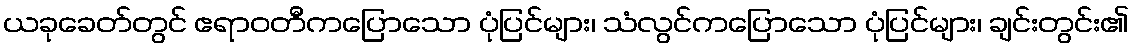
ယခုခေတ်တွင် ဧရာဝတီကပြောသော ပုံပြင်များ၊ သံလွင်ကပြောသော ပုံပြင်များ၊ ချင်းတွင်း၏